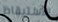
الاستيقاظ